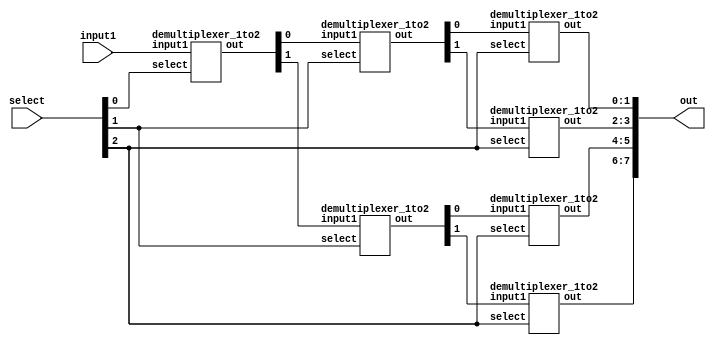
`timescale 1ns/1ps

module demultiplexer_1to8(out, input1, select);


output [7:0]out;

input input1;
input [2:0]select;

wire [5:0] interconnections;

demultiplexer_1to2 dm1t21(.out(interconnections[1:0]), .input1(input1), .select(select[0]));

demultiplexer_1to2 dm1t22(.out(interconnections[3:2]), .input1(interconnections[0]), .select(select[1]));
demultiplexer_1to2 dm1t23(.out(interconnections[5:4]), .input1(interconnections[1]), .select(select[1]));

demultiplexer_1to2 dm1t24(.out(out[1:0]), .input1(interconnections[2]), .select(select[2]));
demultiplexer_1to2 dm1t25(.out(out[3:2]), .input1(interconnections[3]), .select(select[2]));
demultiplexer_1to2 dm1t26(.out(out[5:4]), .input1(interconnections[4]), .select(select[2]));
demultiplexer_1to2 dm1t27(.out(out[7:6]), .input1(interconnections[5]), .select(select[2]));


endmodule

module demultiplexer_1to2(out, input1, select);


output [1:0]out;

input input1, select;

assign out[0] = ~(select) & input1;
assign out[1] = (select) & input1;

endmodule


module demultiplexer_1to8_test;

  //inputs
  reg input1;
  reg [2:0]select;

  //outputs
  wire [7:0]out;

  //instantiat unit under test
  demultiplexer_1to8 mp(.out(out), .input1(input1), .select(select));

  initial begin
  
    select = 3'b000;
    input1 = 1'b0;
  
  end

    always #1  select = select + 1'b1;
    always #8  input1 = input1 + 1'b1;


  initial begin
    $dumpfile("demultiplexer_1to8.vcd");
    $dumpvars(0, demultiplexer_1to8_test);
    $monitor("time = %g, out = %b, input1 = %b, select = %b", $time, out, input1, select);
  end
  initial #32 $finish; 


endmodule